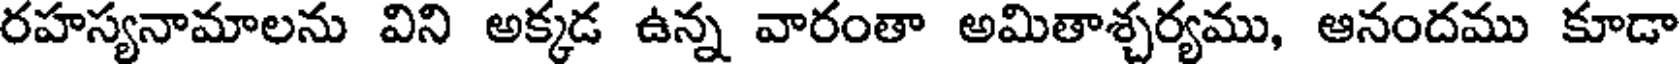
రహస్యనామాలను విని అక్కడ ఉన్న వారంతా అమితాశ్చర్యము, ఆనందము కూడా